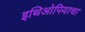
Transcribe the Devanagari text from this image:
इथिओपियाचा